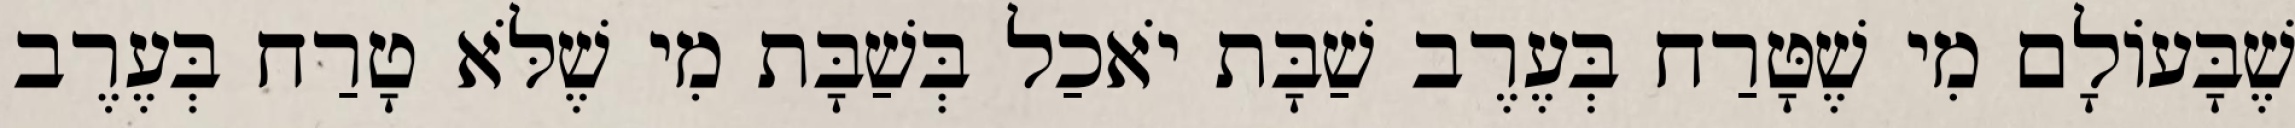
שֶׁבָּעוֹלָם מִי שֶׁטָּרַח בְּעֶרֶב שַׁבָּת יֹאכַל בְּשַׁבָּת מִי שֶׁלֹּא טָרַח בְּעֶרֶב